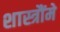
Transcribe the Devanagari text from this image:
शास्त्रौंमे